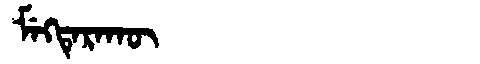
Manchu: ᠮᡝᡴᡨᡝᡵᠠᡴᡡ
Romanization: MEKTERAKŪ